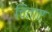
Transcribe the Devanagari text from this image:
चिंताए